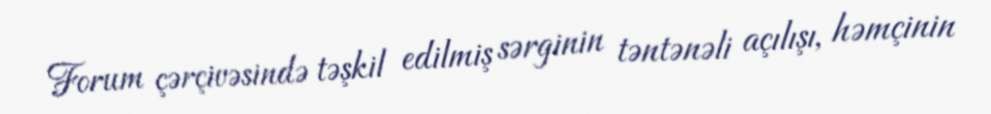
Forum çərçivəsində təşkil edilmiş sərginin təntənəli açılışı, həmçinin